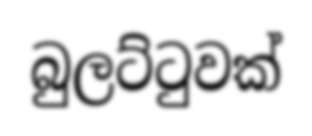
බුලට්ටුවක්